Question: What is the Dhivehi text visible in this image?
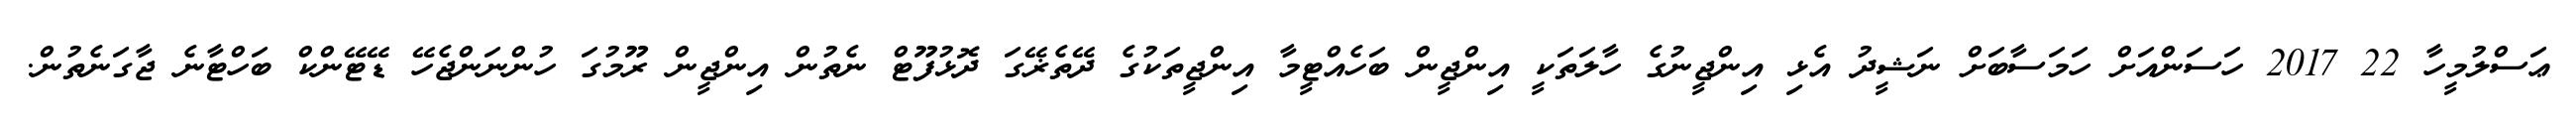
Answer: ޢަސްލުމީހާ 22 2017 ހަސަންއަށް ހަމަސާބަށް ނަޝީދު އެޅި އިންޖީނުގެ ހާލަތަކީ އިންޖީން ބަހެއްޓީމާ އިންޖީތަކުގެ ދޭތެޜޭގަ ދޮޅުފޫޓް ނެތުން އިންޖީން ރޫމުގަ ހުންނަންޖެހޭ ޑޭޓޭންކް ބަހްޓާނެ ޖާގަނެތުން.